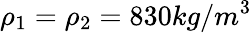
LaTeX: \rho_{1}=\rho_{2}=830kg/m^{3}